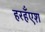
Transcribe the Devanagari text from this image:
हरहँएश